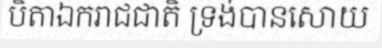
បិតាឯករាជជាតិ ទ្រង់បានសោយ